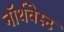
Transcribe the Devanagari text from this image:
नॉर्थवेस्‍ट